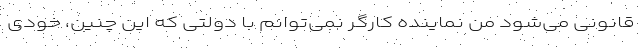
قانونی می‌شود منِ نماینده کارگر نمی‌توانم با دولتی که این چنین، خودی